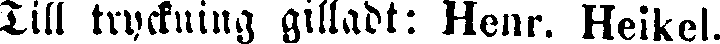
Till tryckning gilladt: Henr. Heikel.